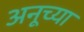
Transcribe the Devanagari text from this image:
अनूच्या